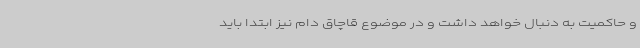
و حاکمیت به دنبال خواهد داشت و در موضوع قاچاق دام نیز ابتدا باید